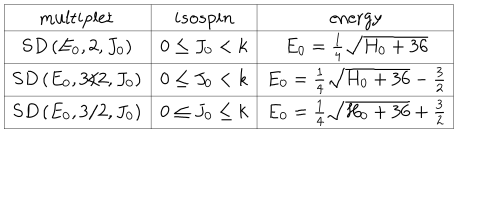
LaTeX: \begin{array} { | c | c | c | } \hline { { \mathrm { m u l t i p l e t } } } & { { { i s o s p i n } } } & { { \mathrm { e n e r g y } } } \\ \hline { { S D \left( E _ { 0 } , 2 , J _ { 0 } \right) } } & { { 0 \le J _ { 0 } < k } } & { { E _ { 0 } = { \frac { 1 } { 4 } } \sqrt { H _ { 0 } + 3 6 } } } \\ \hline { { S D \left( E _ { 0 } , 3 / 2 , J _ { 0 } \right) } } & { { 0 \le J _ { 0 } < k } } & { { E _ { 0 } = { \frac { 1 } { 4 } } \sqrt { H _ { 0 } + 3 6 } - { \frac { 3 } { 2 } } } } \\ \hline { { S D \left( E _ { 0 } , 3 / 2 , J _ { 0 } \right) } } & { { 0 \le J _ { 0 } \le k } } & { { E _ { 0 } = { \frac { 1 } { 4 } } \sqrt { H _ { 0 } + 3 6 } + { \frac { 3 } { 2 } } } } \\ \hline { { } } \\ \end{array}